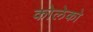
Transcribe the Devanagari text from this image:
कोलेको